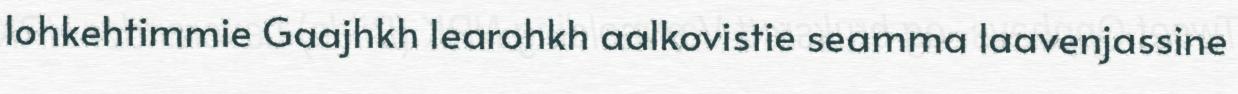
lohkehtimmie Gaajhkh learohkh aalkovistie seamma laavenjassine